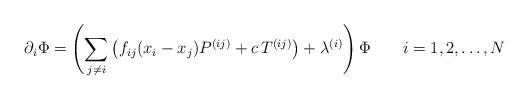
LaTeX: \begin{align*}\partial_i\Phi = \left(\sum_{j\ne i} \left(f_{ij}(x_i-x_j) P^{(ij)} + c\, T^{(ij)}\right) + \lambda^{(i)}\right) \Phi \qquad i=1,2,\ldots,N \end{align*}